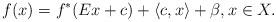
LaTeX: \begin{align*}f(x)=f^*(Ex+c)+\langle c,x\rangle+\beta, x\in X.\end{align*}